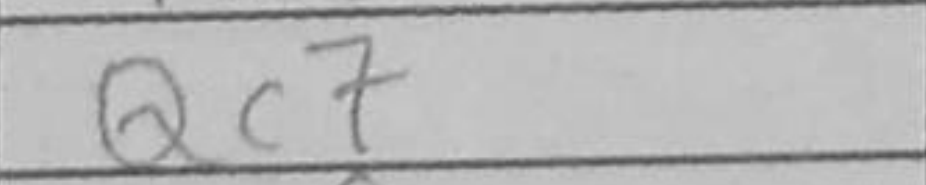
Transcription: Qc7